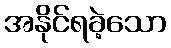
အနိုင်ရခဲ့သော